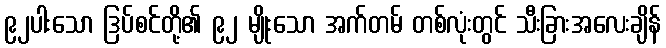
၉၂ပါးသော ဒြပ်စင်တို့၏ ၉၂ မျိုးသော အက်တမ် တစ်လုံးတွင် သီးခြားအလေးချိန်